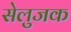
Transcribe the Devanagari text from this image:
सेलुजक